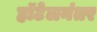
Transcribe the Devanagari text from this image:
हॉटेलनंतर